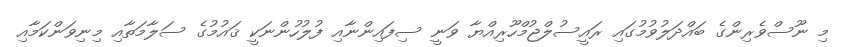
މި ނޫސްވެރިންގެ ބައްދަލުވުމުގައި ރައީސުލްޖުމްހޫރިއްޔާ ވަނީ ސިފައިންނާއި ފުލުހުންނަކީ ޤައުމުގެ ސަލާމަތާއި މިނިވަންކަމާއި